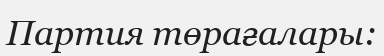
Партия төрағалары: